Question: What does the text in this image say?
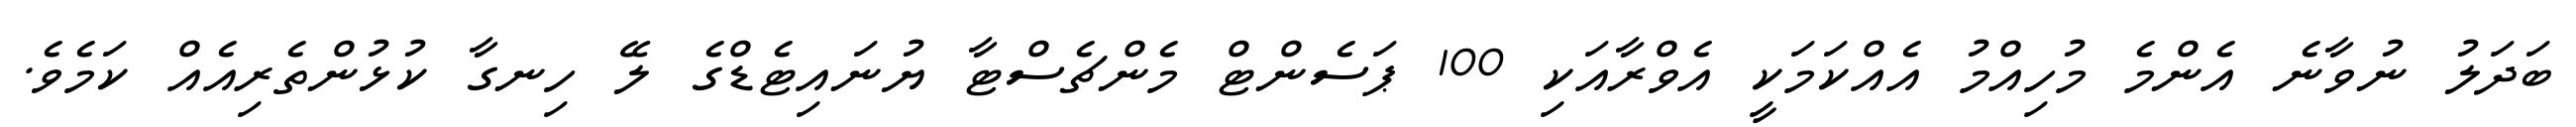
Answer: ބަދަލު ނުވާނެ އެންމެ މުހިއްމު އެއްކަމަކީ އެވްރާއަކި 100 ޕަސެންޓް މެންޗެސްޓާ ޔުނައިޓެޑްގެ ލޭ ހިނގާ ކުޅުންތެރިއެއް ކަމެވެ.